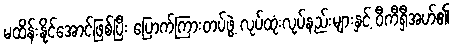
မထိန်းနိုင်အောင်ဖြစ်ပြီး ပြောက်ကြားတပ်ဖွဲ့ လုပ်ထုံးလုပ်နည်းများနှင့် ဝီကီရှီအဟ်၏